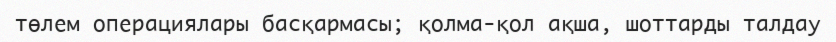
төлем операциялары басқармасы; қолма-қол ақша, шоттарды талдау